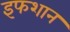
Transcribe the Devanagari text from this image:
इफशान